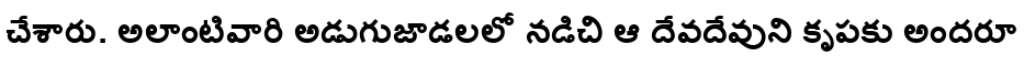
చేశారు. అలాంటివారి అడుగుజాడలలో నడిచి ఆ దేవదేవుని కృపకు అందరూ